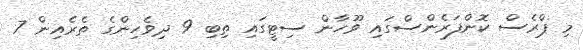
މި ޕްރެސް ކޮންފަރެންސްގައި ވޫހާން ސިޓީގައި ތިބި 9 ދިވެހިންގެ ތެރެއިން 7